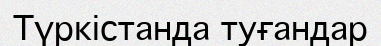
Түркістанда туғандар